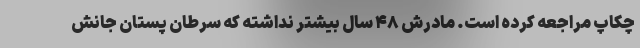
چکاپ مراجعه کرده است. مادرش ۴۸ سال بیشتر نداشته که سرطان پستان جانش